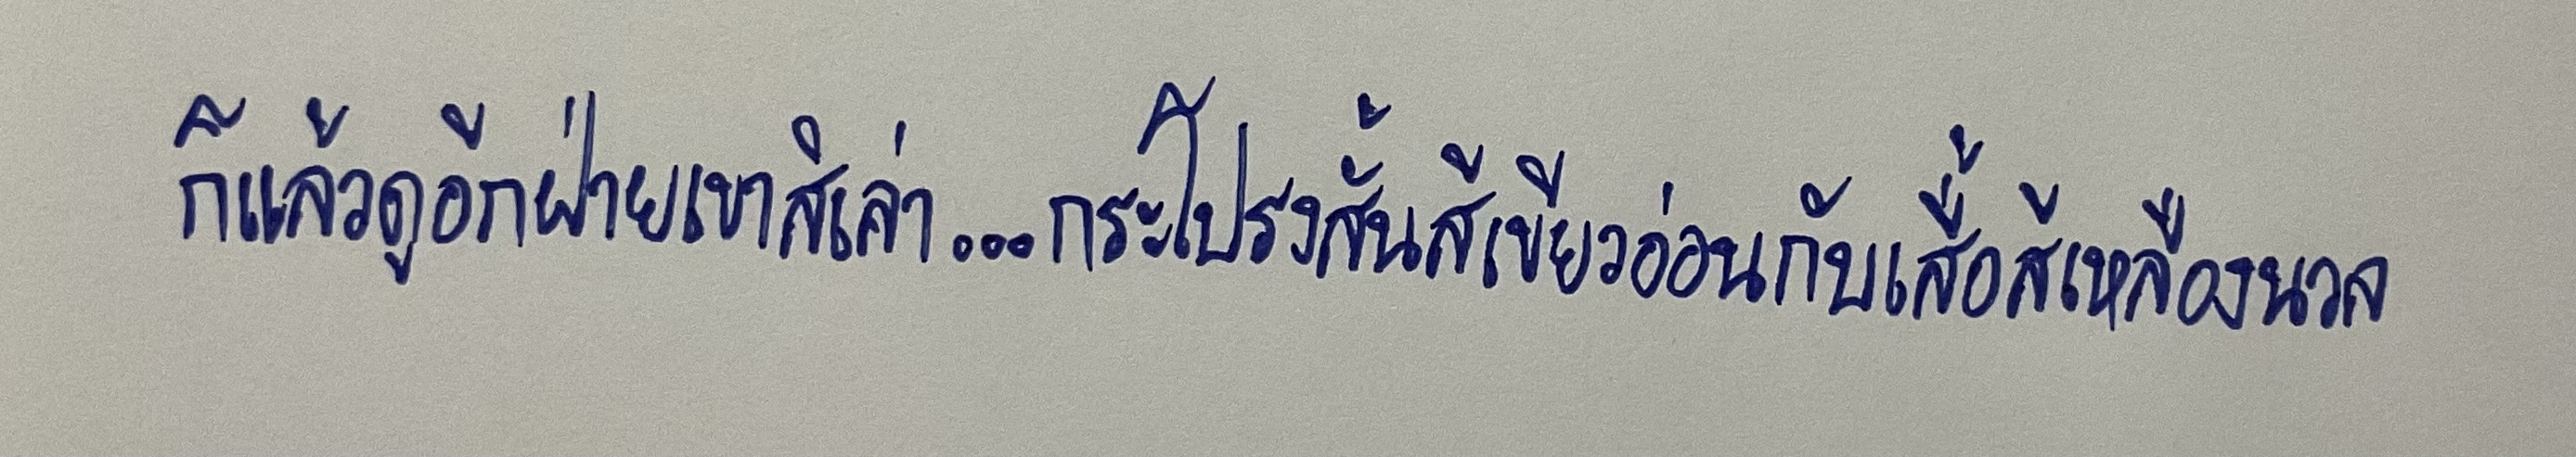
ก็แล้วดูอีกฝ่ายเขาสิเล่า...กระโปรงสั้นสีเขียวอ่อนกับเสื้อสีเหลืองนวล